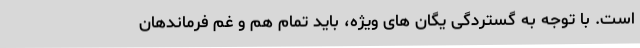
است. با توجه به گستردگی یگان های ویژه، باید تمام هم و غم فرماندهان